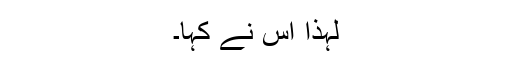
لہٰذا اس نے کہا۔